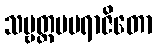
သဗ္ဗတ္ထမပရာဇိတော